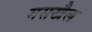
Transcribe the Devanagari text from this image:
मसखैल